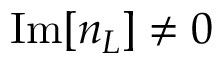
\mathrm { I m } [ n _ { L } ] \neq 0